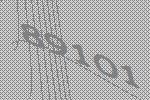
89101